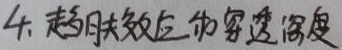
4. 趋肤效应的穿透深度